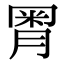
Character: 𣍸